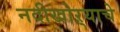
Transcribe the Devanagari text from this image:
नदीखोऱ्याचे